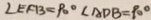
\angle E F B = 9 0 ^ { \circ } \angle A D B = 9 0 ^ { \circ }